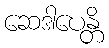
ဆေဒါပေန္တိ